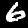
Digit: 6